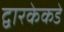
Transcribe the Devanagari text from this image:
द्वारकेकडे